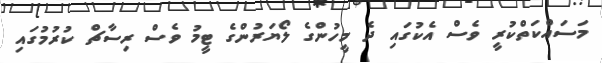
މަސައްކަތްކުރީ ވެސް އެކުގައި ދެ މީހުންގެ ލޯޔަރުންގެ ޓީމު ވެސް ރިސާޗް ކުރުމުގައި